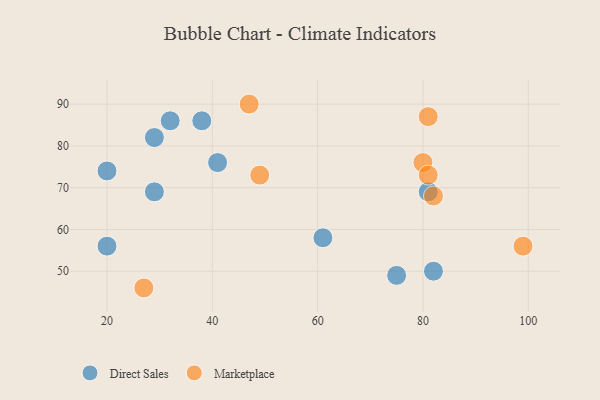
{"axis": {"x": "GDP", "y": "Life Expectancy"}, "legend": ["Direct Sales", "Marketplace"], "data": [{"x": "29", "y": 69, "type": "Direct Sales"}, {"x": "82", "y": 50, "type": "Direct Sales"}, {"x": "61", "y": 58, "type": "Direct Sales"}, {"x": "32", "y": 86, "type": "Direct Sales"}, {"x": "75", "y": 49, "type": "Direct Sales"}, {"x": "20", "y": 74, "type": "Direct Sales"}, {"x": "38", "y": 86, "type": "Direct Sales"}, {"x": "29", "y": 82, "type": "Direct Sales"}, {"x": "41", "y": 76, "type": "Direct Sales"}, {"x": "81", "y": 69, "type": "Direct Sales"}, {"x": "20", "y": 56, "type": "Direct Sales"}, {"x": "82", "y": 68, "type": "Marketplace"}, {"x": "81", "y": 87, "type": "Marketplace"}, {"x": "27", "y": 46, "type": "Marketplace"}, {"x": "80", "y": 76, "type": "Marketplace"}, {"x": "99", "y": 56, "type": "Marketplace"}, {"x": "81", "y": 73, "type": "Marketplace"}, {"x": "49", "y": 73, "type": "Marketplace"}, {"x": "47", "y": 90, "type": "Marketplace"}]}